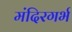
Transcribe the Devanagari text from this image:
मंदिरगर्भ